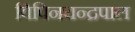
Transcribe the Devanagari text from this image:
विपिनचन्द्रपाल